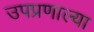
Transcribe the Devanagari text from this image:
उपप्रणाल्या